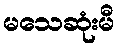
မသေဆုံးမီ